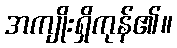
အကျိုးရှိကုန်၏။